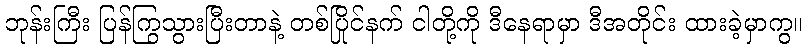
ဘုန်းကြီး ပြန်ကြွသွားပြီးတာနဲ့ တစ်ပြိုင်နက် ငါတို့ကို ဒီနေရာမှာ ဒီအတိုင်း ထားခဲ့မှာကွ။